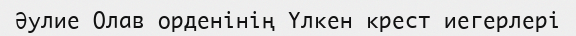
Әулие Олав орденінің Үлкен крест иегерлері